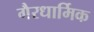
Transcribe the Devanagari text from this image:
गैरधार्मिक